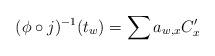
LaTeX: \begin{align*}(\phi\circ j)^{-1}(t_w)=\sum a_{w,x} C'_x\end{align*}